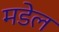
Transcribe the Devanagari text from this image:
मडेल